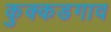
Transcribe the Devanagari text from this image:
कुक्कडगाव